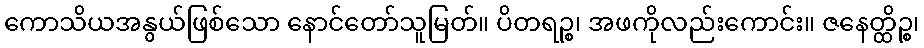
ကောသိယအနွယ်ဖြစ်သော နောင်တော်သူမြတ်။ ပိတရဉ္စ၊ အဖကိုလည်းကောင်း။ ဇနေတ္ထိဉ္စ၊